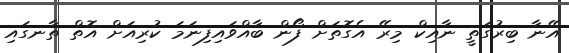
އޭނާ ބިރުގަތީ ނާއިކް މިރޭ އެގޮތަށް ފޯން ބާއްވައިފިނަމަ ކުރިއަށް އޮތް ތާނގައި